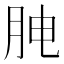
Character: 𰗅